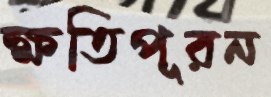
ক্ষতিপূরন